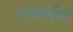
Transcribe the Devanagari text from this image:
मार्क्सचा